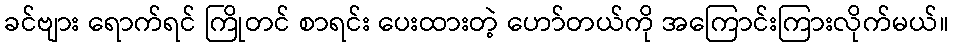
ခင်ဗျား ရောက်ရင် ကြိုတင် စာရင်း ပေးထားတဲ့ ဟော်တယ်ကို အကြောင်းကြားလိုက်မယ်။